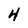
Character: 4